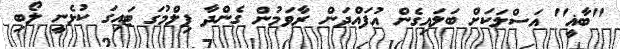
''ބާޣީ'' އަސްލަކަށް ބަލައިގެން އުފައްދަން ރާވަމުން ގެންދާ ފިލްމުގަ ޓައިގަ ކުޅެނީ ލޯބި